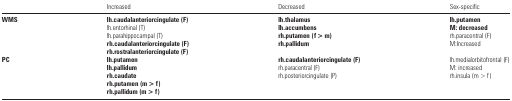
<table><thead><tr><td></td><td><b>Increased</b></td><td><b>Decreased</b></td><td><b>Sex-specific</b></td></tr></thead><tbody><tr><td><b>WMS</b></td><td><b>lh.caudalanteriorcingulate (F)</b>lh.entorhinal (T)lh.parahippocampal (T)<b>rh.caudalanteriorcingulate (F)</b><b>rh.rostralanteriorcingulate (F)</b></td><td><b>lh.thalamus</b><b>lh.accumbens</b><b>rh.putamen (f &gt; m)</b><b>rh.pallidum</b></td><td><b>lh.putamen</b><b>M: decreased</b>rh.paracentral (F)M:Increased</td></tr><tr><td><b>PC</b></td><td><b>lh.putamen</b><b>lh.pallidum</b><b>rh.caudate</b><b>rh.putamen (m &gt; f)</b><b>rh.pallidum (m &gt; f)</b></td><td><b>rh.caudalanteriorcingulate (F)</b>rh.paracentral (F)rh.posteriorcingulate (P)</td><td>lh.medialorbitofrontal (F)M: increasedrh.insula (m &gt; f)</td></tr></tbody></table>